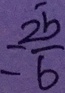
= \frac { 2 5 } { 6 }